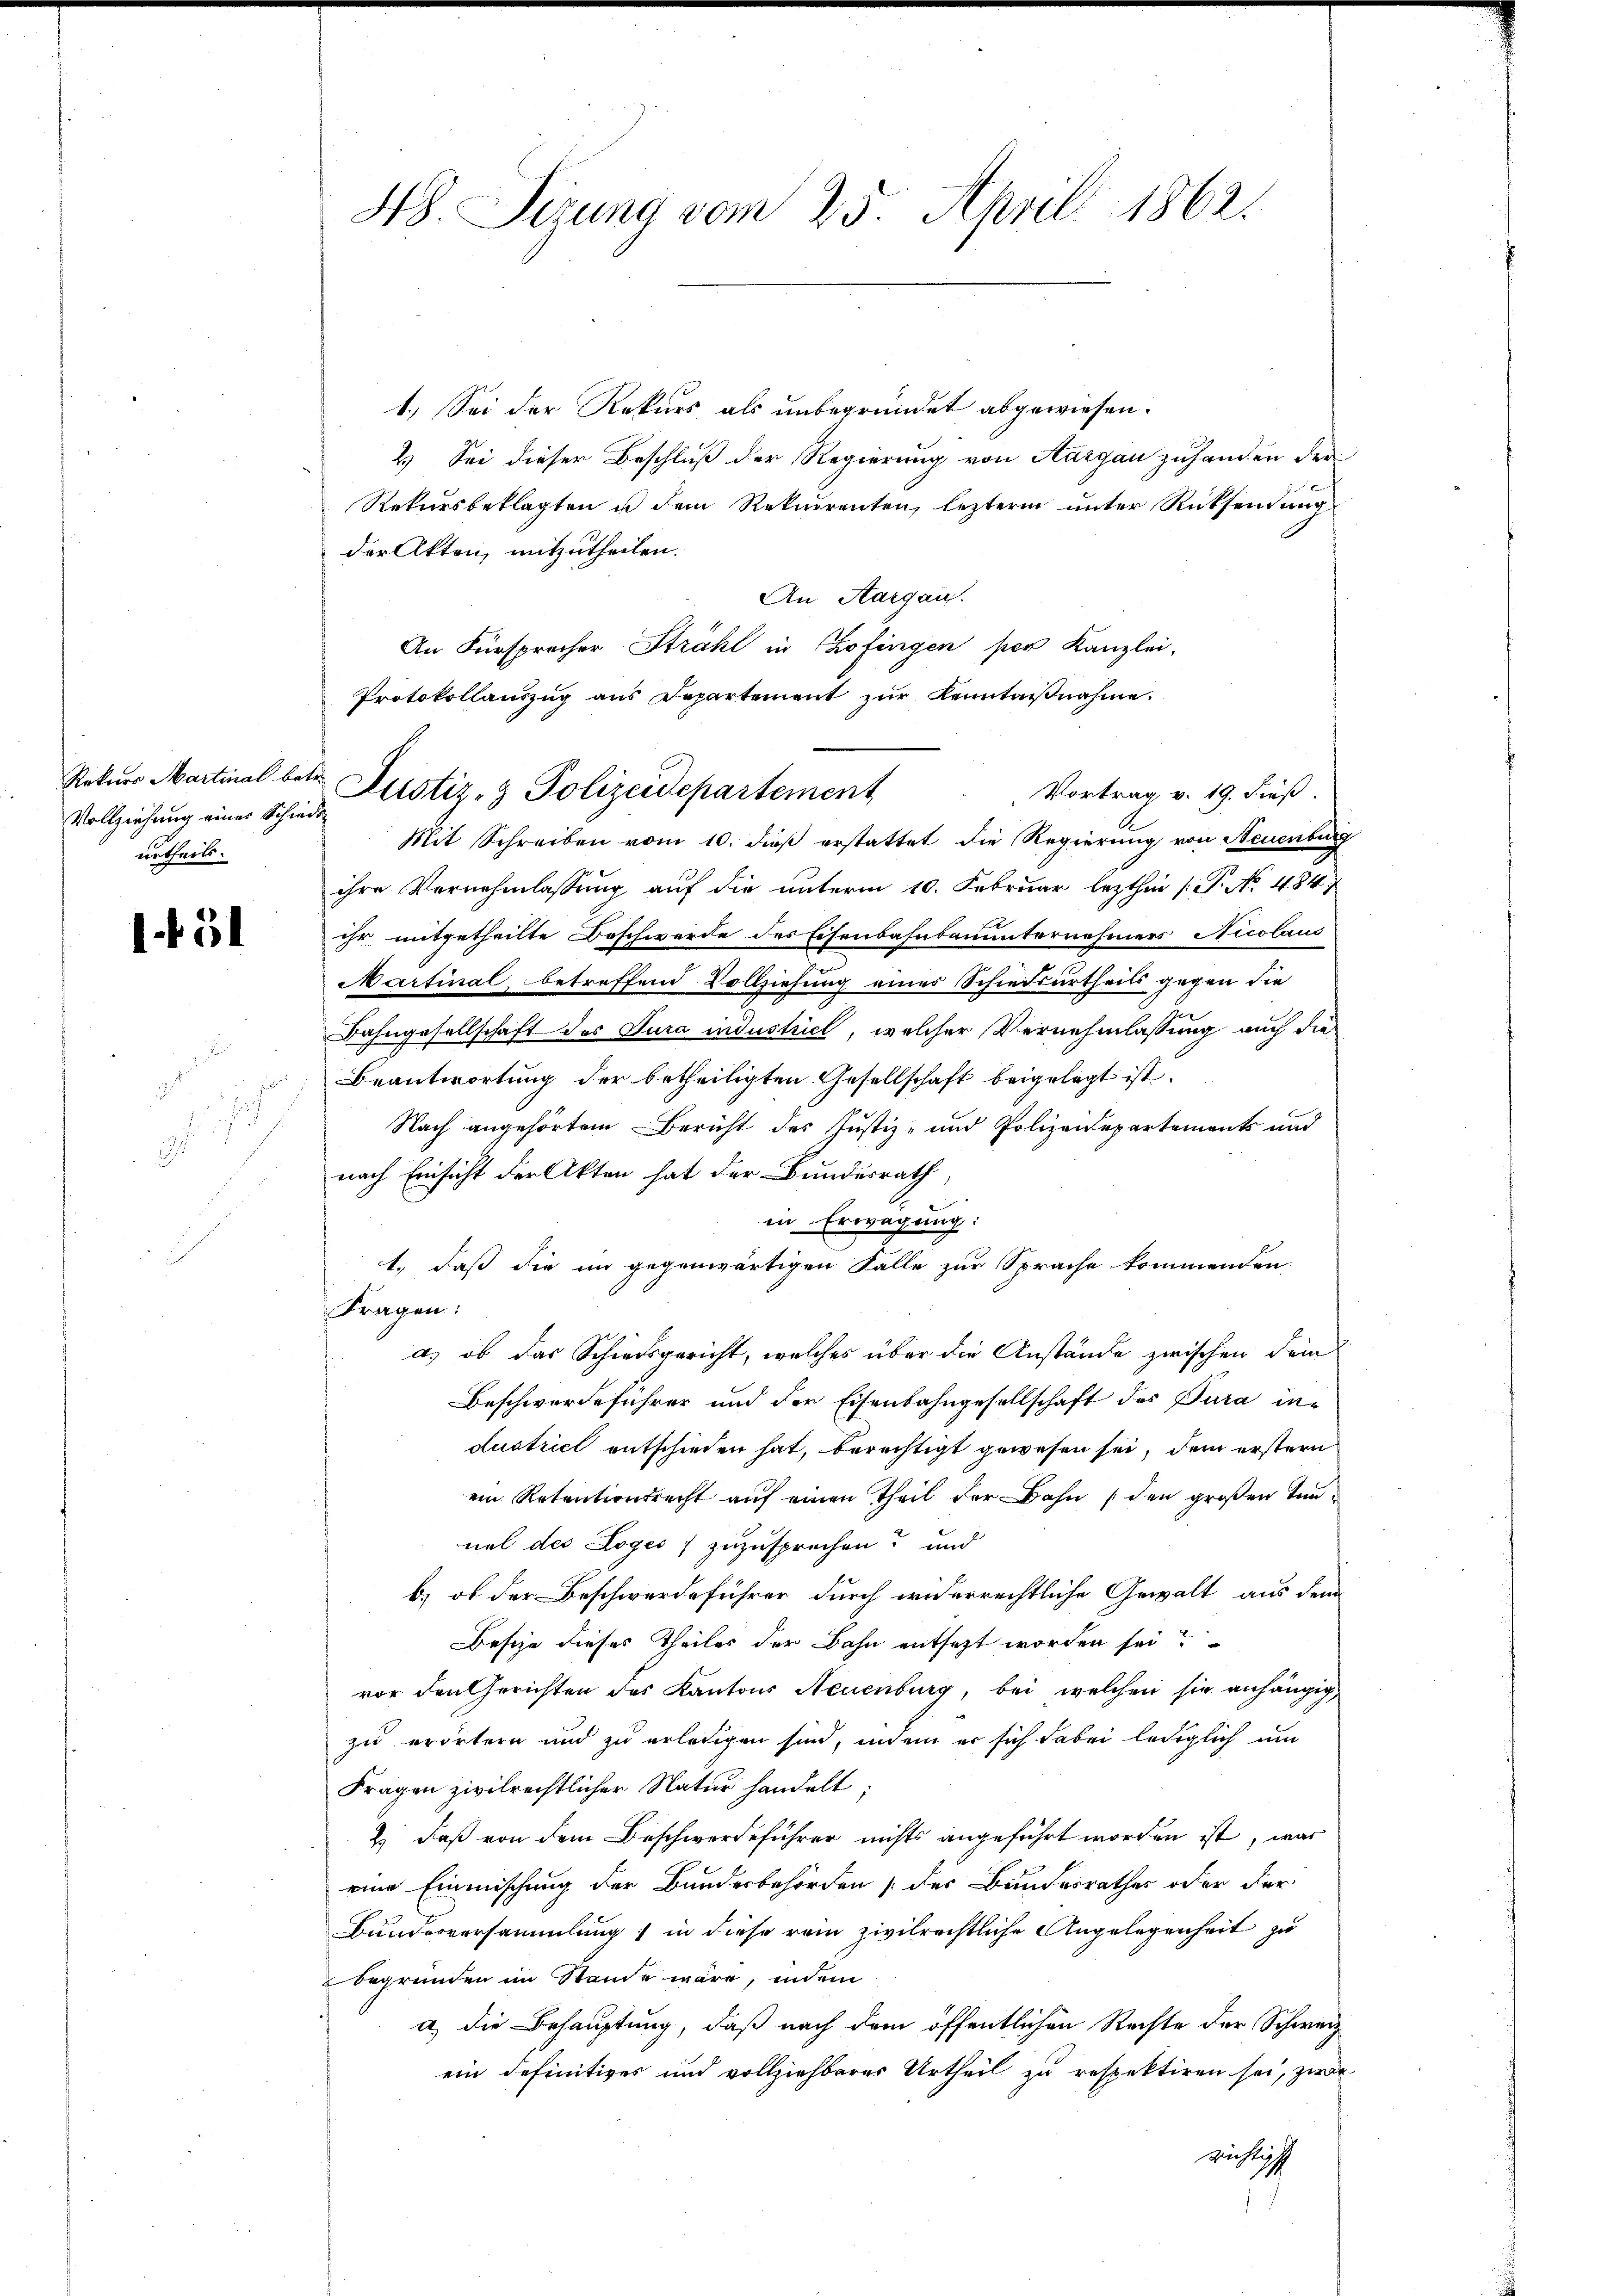
Vollziehung eines Schiede
urtheils.

l

ich

48. Sizung vom 25. April 1862.

Rekurs Martinal betr. Justiz- & Polizeidepartement

1.) Sei der Rekurs als unbegründet abgewiesen.
2.) Sei dieser Beschluß der Regierung von Aargau zuhanden der
Rekursbeklagten ist dem Rekurrenten, lezterm unter Rücksendung
der Akten, mitzutheilen.
An Aargau.
An Fürsprocher Strahl in Zofingen per Kanzlei-
Protokollauszug aus Departement zŭr Kenntniβnahme.
Vortrag v. 19. dieß.
Mit Schreiben vom 10. dieß erstattet die Regierung von Neuenburg
ihre Vernehmlassŭng auf die unterm 10. Februar lezthin (T. No 484.
ihr mitgetheilte Beschwerde des Eisenbahnbauunternehmers Nicolaus
Martinal, betreffend Vollziehung eines Schiedsurtheils gegen die
Bahngesellschaft des Jura industrict, welcher Vernehmlassung auch die
Beantwortung der betheiligten Gesellschaft beigelegt ist.
Nach angehörtem Bericht des Justiz- und Polizeidepartements und
nach Einsicht der Akten hat der Bundesrath
in Erwägung:
1., daß die im gegenwärtigen Fälle zur Sprache kommenden
Fragen:
d.) ob das Schiedsgericht, welches über die Anstände zwischen dem
Beschwerdeführer und der Eisenbahngesellschaft des Jura industrict entschieden hat, berechtigt gewesen sei, dem erstern
ein Retentionsrecht auf einen Theil der Bahn (den großen Innnel des Loges) zuzusprechen? und
b.) ob der Beschwerdeführer durch widerrechtliche Gewalt aus dem
esize dieses Theiles der Bahn entsetzt worden sei?
vor den Gerichten des Kantons Neuenburg, bei welchen sie anhängigzu erörtern und zu erledigen sind, indem er sich dabei lediglich um
Fragen zivilrechtlicher Natur handelt;
2.) Daß von dem Beschwerdeführer nichts angeführt worden ist, was
eine Einmischung der Bundesbehörden [der Bundesrathes oder der
Bundesversammlung) in diese rein zivilrechtliche Angelegenheit zu
begründen im Stande wäre, indem
a) die Behauptung, daß nach dem öffentlichen Rechte der Schweiz
ein definitives und vollziehbarer Urtheil zu respektiren sei, zwar
wichtigt